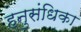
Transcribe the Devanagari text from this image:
हनुसंधिका